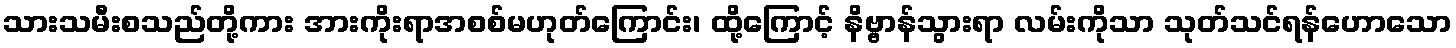
သားသမီးစသည်တို့ကား အားကိုးရာအစစ်မဟုတ်ကြောင်း၊ ထို့ကြောင့် နိဗ္ဗာန်သွားရာ လမ်းကိုသာ သုတ်သင်ရန်ဟောသော